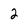
Character: 2